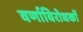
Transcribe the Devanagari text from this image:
वर्णाविरोधकों